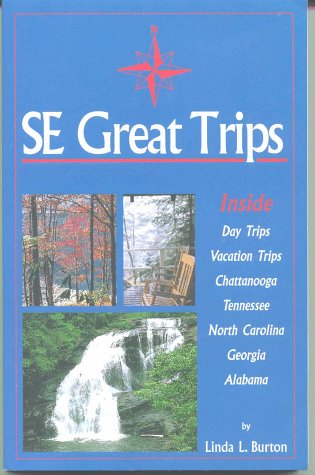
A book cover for SE great trips: Day trips & vacation trips in the Southeast; Linda L Burton; Travel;